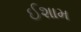
ઈશામ